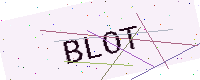
Text: BLOT